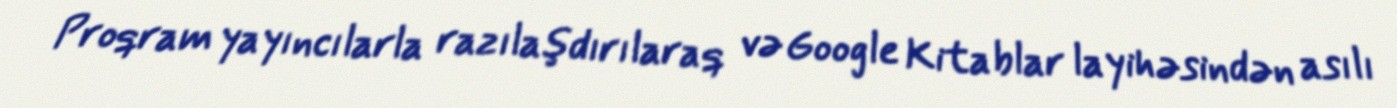
Proqram yayıncılarla razılaşdırılaraq və Google Kitablar layihəsindən asılı